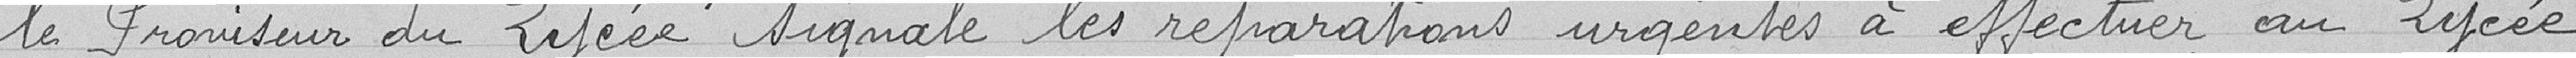
le Proviseur du Lycée signale les réparations urgentes à effectuer au Lycée